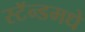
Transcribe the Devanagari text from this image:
स्टॅन्डमधे